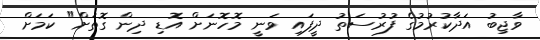
ވާޖިބު އަދާކުރުމުގެ ފުރުސަތު ދީފައި ވަނީ މޮހޮނަށް އޮޑި ދިން ގޮތަށް" ކަމަށް